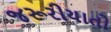
જરૂરીયાતો